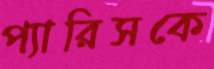
প্যারিসকে